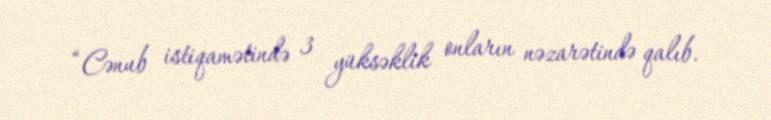
“Cənub istiqamətində 3 yüksəklik onların nəzarətində qalıb.